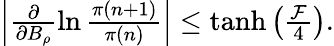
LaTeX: \begin{array}{r}{\left|\frac{\partial}{\partial B_{\rho}}\ln\frac{\pi(n+1)}{\pi(n)}\right|\le\operatorname{tanh}\left(\frac{\mathcal F}{4}\right).}\end{array}